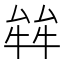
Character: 𤚅